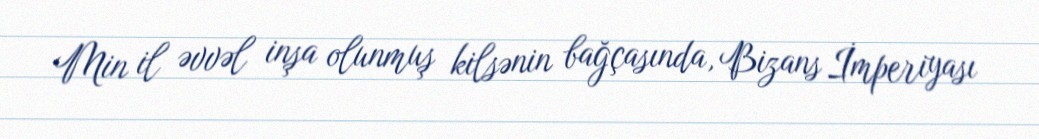
Min il əvvəl inşa olunmuş kilsənin bağçasında, Bizans İmperiyası